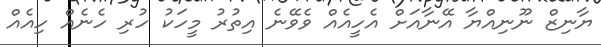
ޔާނިޒް ނޫނިއްޔާ އޭނާއަށް އެހީއެއް ވެވޭނެ އިތުރު މީހަކު ހުރި ހެނެއް ހިއެއް